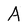
Character: A